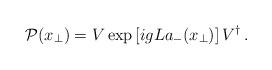
LaTeX: \begin{align*}{\cal P}({x}_\bot)= V \exp\left[ ig L a_-(x_{\bot}) \right] V^{\dagger} \, .\end{align*}